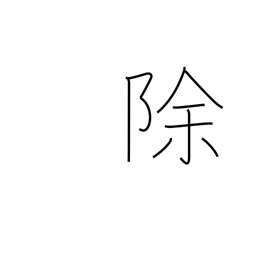
Meaning: except